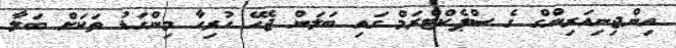
އިންޖިނިއަރިންގް ގެ ސްޕެކްޓްރަމް ގައި ބަލަން ޖެހޭ ހުރިހާ މިންގަޑު ތަކަށް ބަލާ